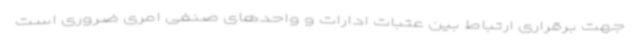
جهت برقراری ارتباط بین عتبات ادارات و واحدهای صنفی امری ضروری است